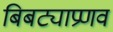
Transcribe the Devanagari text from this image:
बिबट्याप्रणव